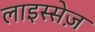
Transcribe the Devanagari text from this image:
लाइस्सेज़